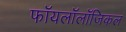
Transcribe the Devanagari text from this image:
फॉयलॉलॉजिकल